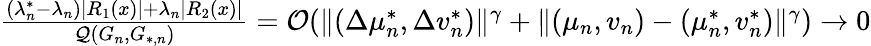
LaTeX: \begin{array}{r}{\frac{(\lambda_{n}^{*}-\lambda_{n})|R_{1}(x)|+\lambda_{n}|R_{2}(x)|}{\mathcal{Q}(G_{n},G_{*,n})}=\mathcal{O}(\| (\Delta\mu_{n}^{*},\Delta v_{n}^{*})\| ^{\gamma}+\| (\mu_{n},v_{n})-(\mu_{n}^{*},v_{n}^{*})\| ^{\gamma})\to 0}\end{array}